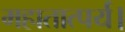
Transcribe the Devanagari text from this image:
महातात्पर्य।